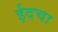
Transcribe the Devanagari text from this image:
ईदचा